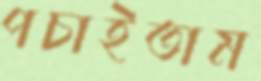
পচাইতাম